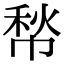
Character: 㡑